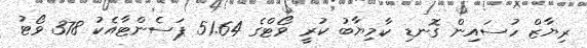
ރިޔާޒް ހުސައިން ގޮނޑި ކާމިޔާބު ކުރީ ވޯޓްގެ 51.64 ޕަސެންޓާއެކު 378 ވޯޓު